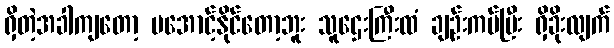
ရှိတဲ့အခါကျတော့ မအောင့်နိုင်တော့ဘူး သူဌေးကြီးထံ ချဉ်းကပ်ပြီး ရှိခိုးလျက်